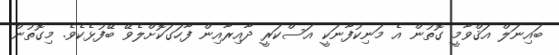
ބައިނަލް އަޤްވާމީ ގޮތުން އެ މަނިކުފާނަކީ އަސްކަރީ ދާއިރާއިން ފާހަގަކޮށްލެވޭ ބޭފުޅެކެވެ. މިގޮތުން